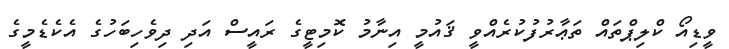
ވީޑިއޯ ކްލިޕްތައް ތަޢާރުފުކުރެއްވީ ޤައުމީ އިނާމު ކޮމިޓީގެ ރައީސް އަދި ދިވެހިބަހުގެ އެކެޑެމީގެ